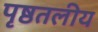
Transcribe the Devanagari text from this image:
पृष्ठतलीय